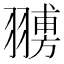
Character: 𦒊